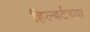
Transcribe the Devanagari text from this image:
हिल्बर्टच्या